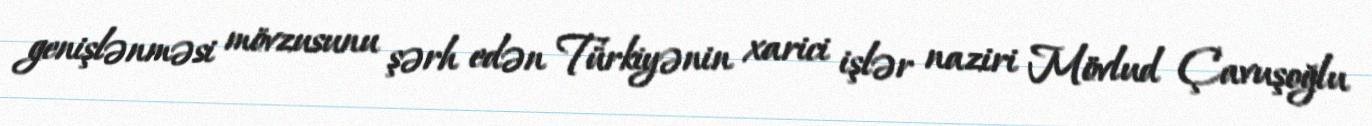
genişlənməsi mövzusunu şərh edən Türkiyənin xarici işlər naziri Mövlud Çavuşoğlu